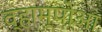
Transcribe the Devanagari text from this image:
व्हाम्पोआ